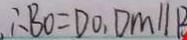
\therefore B O = D O , D M / / B